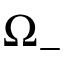
\Omega _ { - }